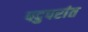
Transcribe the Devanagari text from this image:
पदुपरांत